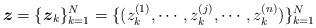
LaTeX: \begin{align*}\mbox{\boldmath $z$}=\{\mbox{\boldmath $z$}_k\}_{k=1}^N=\{(z_k^{(1)}, \cdots, z_k^{(j)}, \cdots, z_k^{(n)})\}_{k=1}^N\end{align*}